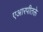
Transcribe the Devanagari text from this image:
एआरपीतक्ते